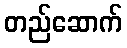
တည်ဆောက်